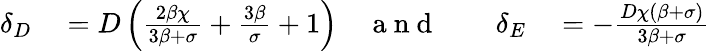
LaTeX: \begin{array}{rlrlrl}{\delta_{D}}&{{}=D\left(\frac{2\beta\chi}{3\beta+\sigma}+\frac{3\beta}{\sigma}+1\right)}&{\mathrm{~a~n~d~}}&{{}}&{\delta_{E}}&{{}=-\frac{D\chi(\beta+\sigma)}{3\beta+\sigma}}\end{array}